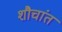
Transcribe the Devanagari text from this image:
शौचांत